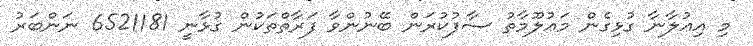
މި އިޢުލާނާ ގުޅިގެން މަޢުލޫމާތު ސާފުކުރަން ބޭނުންވާ ފަރާތްތަކުން ގުޅާނީ 6521181 ނަންބަރު